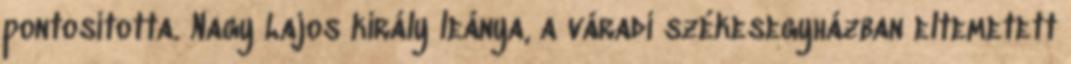
pontosította. Nagy Lajos király leánya, a váradi székesegyházban eltemetett